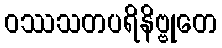
ဝဿသတပရိနိဗ္ဗုတေ